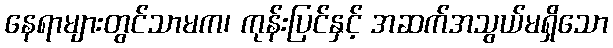
နေရာများတွင်သာမက၊ ကုန်းပြင်နှင့် အဆက်အသွယ်မရှိသော